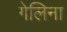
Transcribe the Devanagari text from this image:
गेलिना